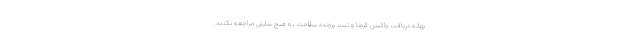
بهانه دریافت واکسن کرونا و ثبت پرونده سلامت به هیچ سایتی مراجعه نکنند.